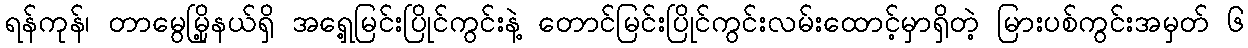
ရန်ကုန်၊ တာမွေမြို့နယ်ရှိ အရှေ့မြင်းပြိုင်ကွင်းနဲ့ တောင်မြင်းပြိုင်ကွင်းလမ်းထောင့်မှာရှိတဲ့ မြားပစ်ကွင်းအမှတ် ၆